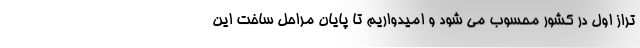
تراز اول در کشور محسوب می شود و امیدواریم تا پایان مراحل ساخت این